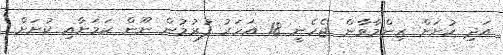
އަދި ކުށަށް ޒިންމާވާން ޖެހެނީ 18 އަހަރު ފުރުމުން ނޫން ކަމަށާއި ކުށަށް